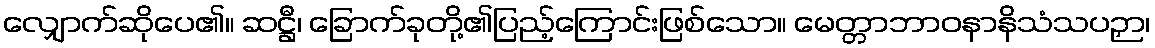
လျှောက်ဆိုပေ၏။ ဆဋ္ဌီ၊ ခြောက်ခုတို့၏ပြည့်ကြောင်းဖြစ်သော။ မေတ္တာဘာဝနာနိသံသပဉှာ၊